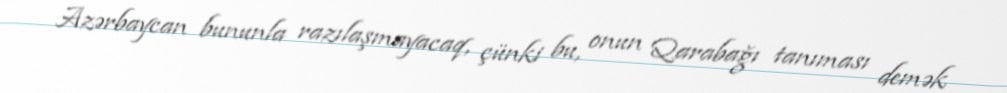
Azərbaycan bununla razılaşmayacaq, çünki bu, onun Qarabağı tanıması demək